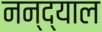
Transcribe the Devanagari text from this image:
नन्द्याल